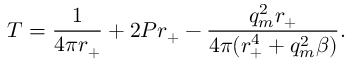
T = \frac { 1 } { 4 \pi r _ { + } } + 2 P r _ { + } - \frac { q _ { m } ^ { 2 } r _ { + } } { 4 \pi ( r _ { + } ^ { 4 } + q _ { m } ^ { 2 } \beta ) } .